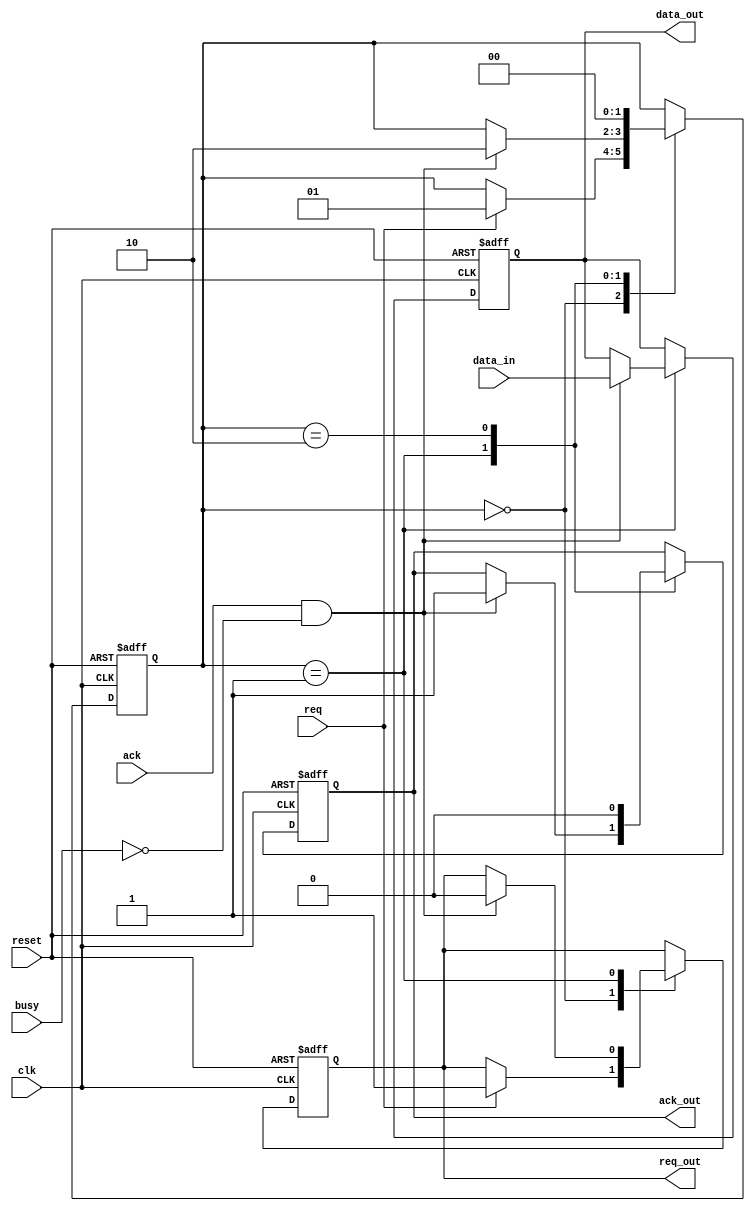
module memory_block (
    input wire clk,
    input wire reset,
    input wire req,       // Request signal from sender
    input wire ack,       // Acknowledge signal from receiver
    input wire busy,      // Busy signal from receiver
    input wire [7:0] data_in,  // Data input
    output reg [7:0] data_out,  // Data output
    output reg req_out,   // Output request signal
    output reg ack_out    // Output acknowledge signal
);

    reg [1:0] state;      // State for FSM
    parameter IDLE = 2'b00, WAIT_ACK = 2'b01, SEND_DATA = 2'b10;

    always @(posedge clk or posedge reset) begin
        if (reset) begin
            state <= IDLE;
            req_out <= 0;
            ack_out <= 0;
            data_out <= 8'b0;
        end else begin
            case (state)
                IDLE: begin
                    if (req) begin
                        req_out <= 1; // Assert REQ
                        state <= WAIT_ACK;
                    end
                end
                
                WAIT_ACK: begin
                    if (ack && !busy) begin
                        data_out <= data_in; // Place data on the bus
                        req_out <= 0; // Deassert REQ
                        ack_out <= 1; // Assert ACK
                        state <= SEND_DATA;
                    end
                end
                
                SEND_DATA: begin
                    ack_out <= 0; // Deassert ACK
                    state <= IDLE; // Go back to IDLE
                end
            endcase
        end
    end
endmodule